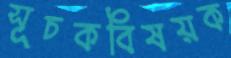
সূচকবিষয়ক